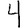
Digit: 4